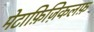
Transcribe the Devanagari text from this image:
मेटाफ़िज़िकलफ़